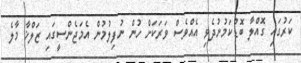
ކަރުގައި ގޮއްލާ ބޮޑުކަމުނުދެވި އެއްވެސް ވަރަކަށް ހުން ނުފިލުމުން އެމަޖެންސީގައި ޒަލްޚާ މާލެ